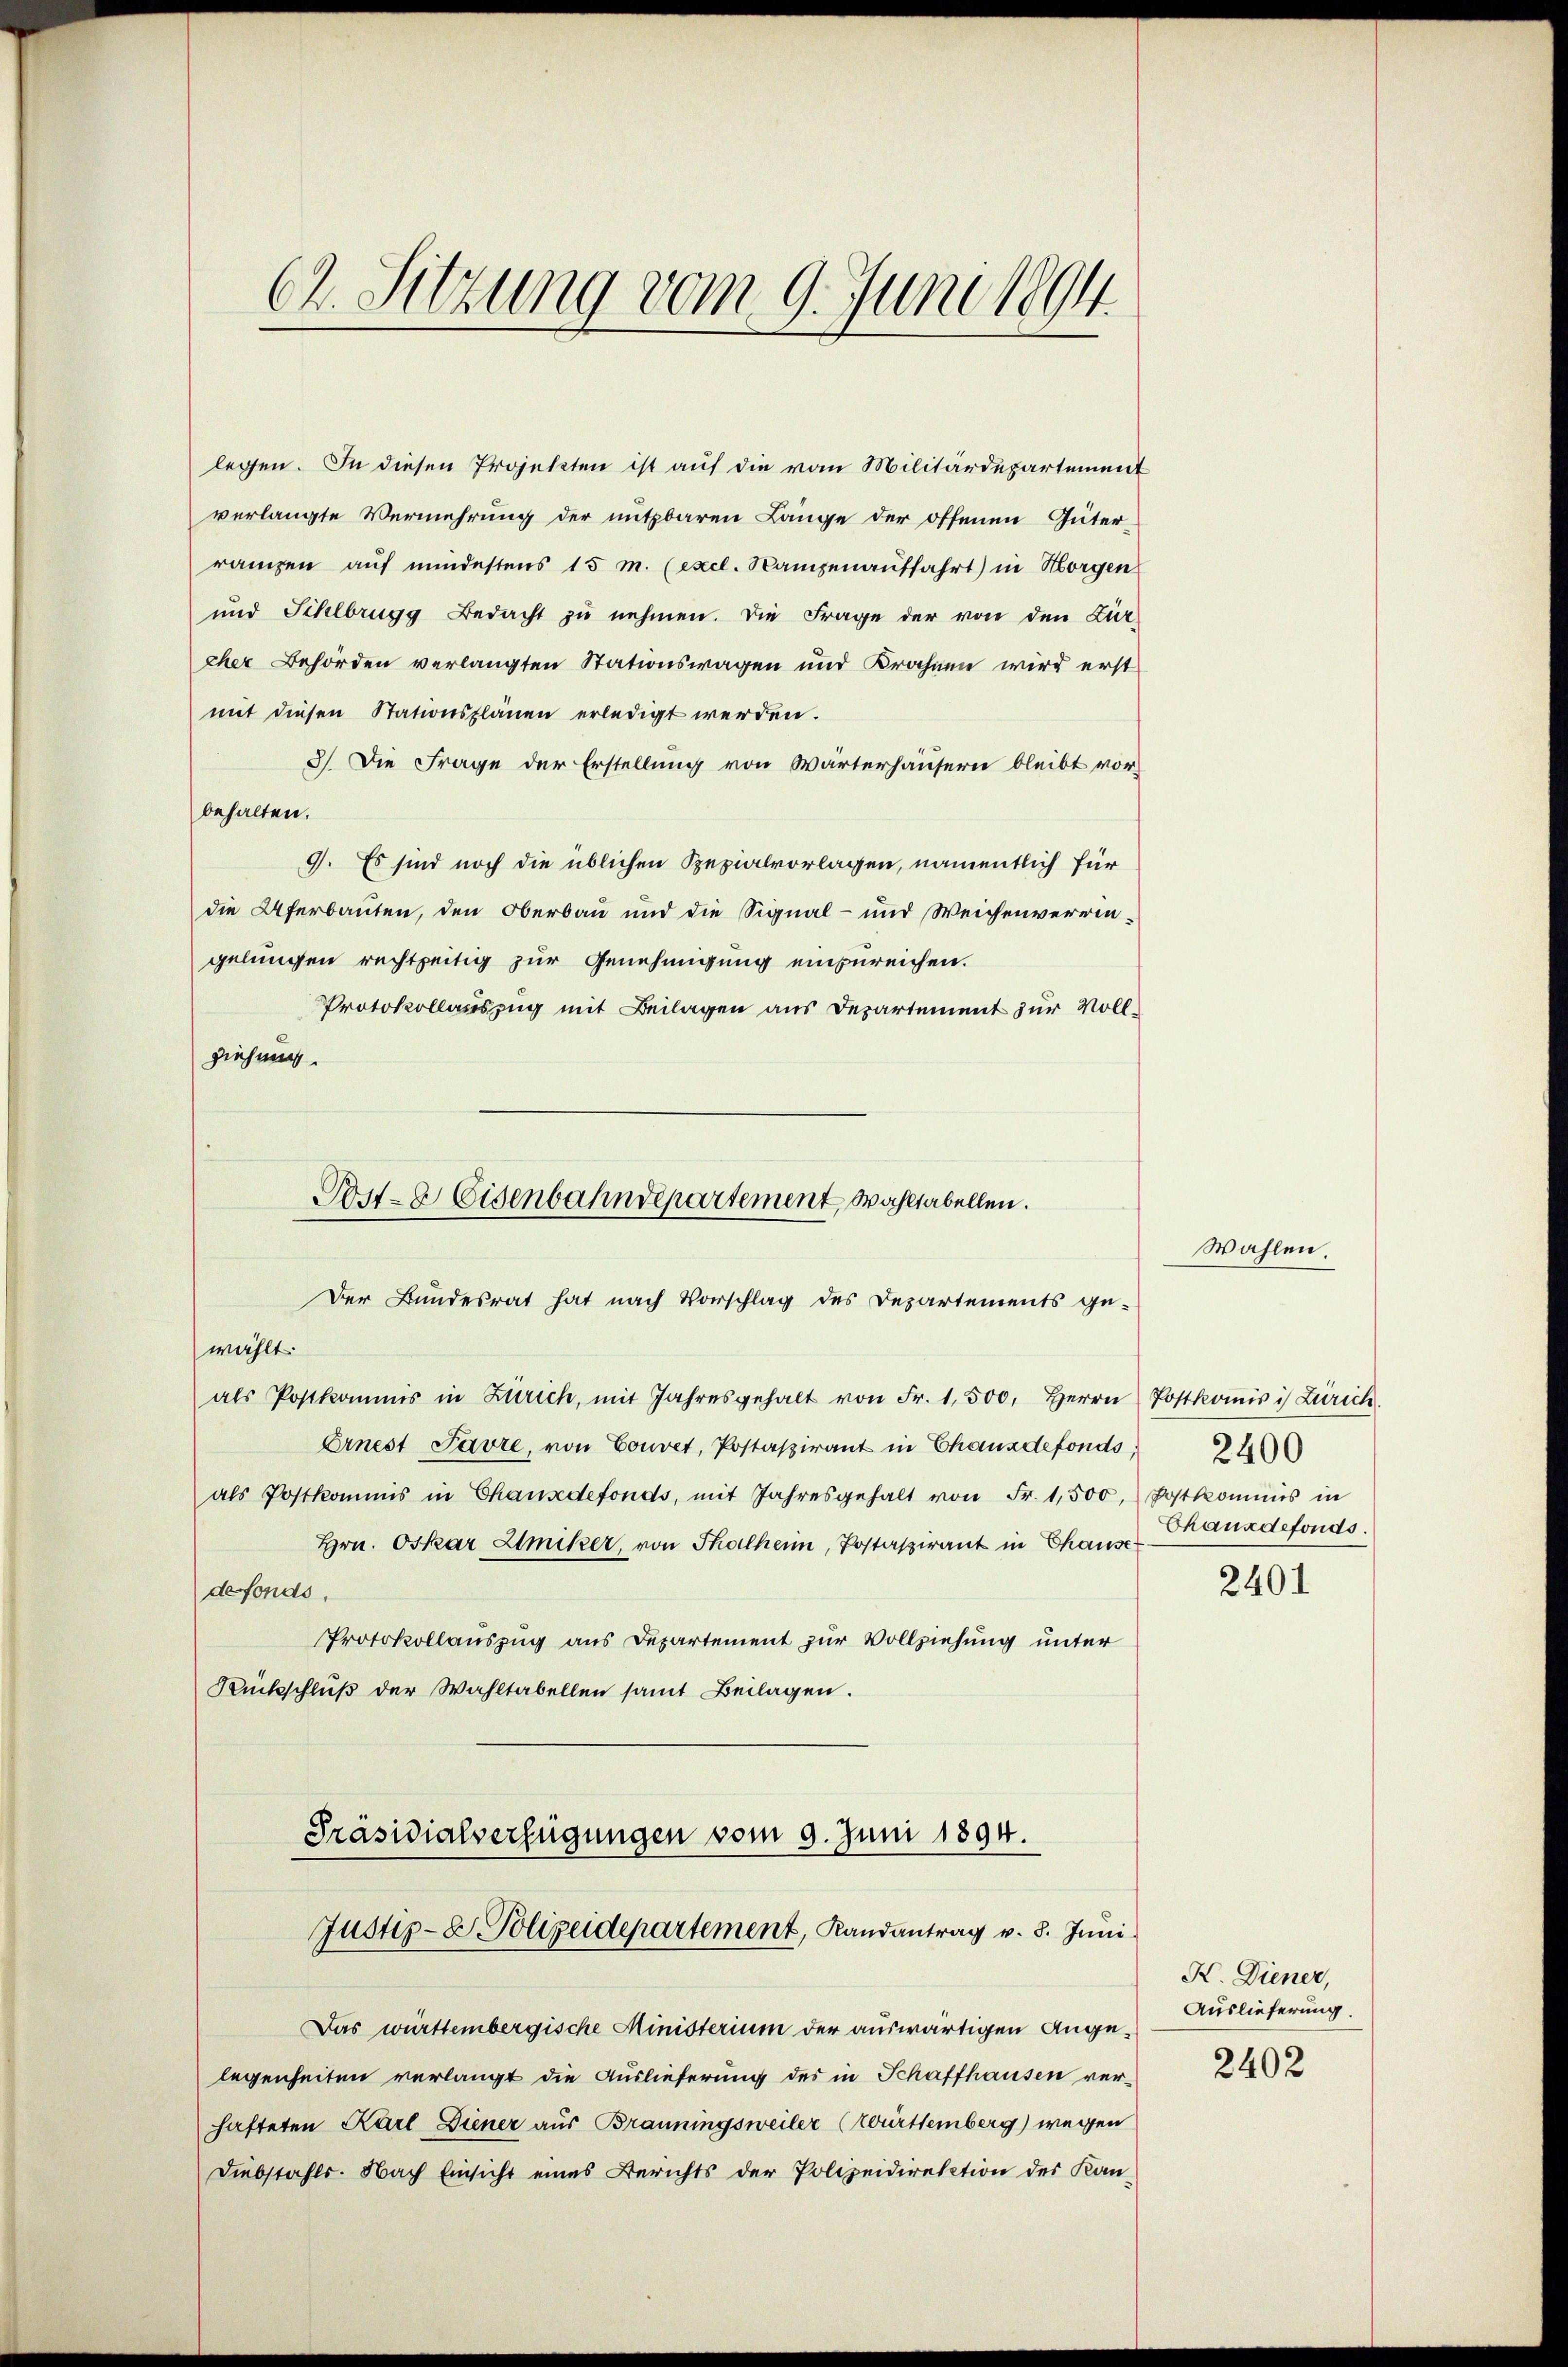
62. Sitzung vom 9. Juni 1894

legen. In diesen Projekten ist auf die vom Militärdepartement
verlangte Vermehrung der nutzbaren Länge der offenen Güter-
ranzen auf mindestens 15 M. (excl. Nampenauffahrt) in Horgen
und Sihlbrugg Bedacht zu nehmen. Die Frage der von den Zür
cher Behörden verlangten Stationswagen und Krahnen wird erst
mit diesen Stationsplänen erledigt werden.
3). Die Frage der Erstellung von Wärterhäusern bleibt vor
behalten.
9. Es sind noch die üblichen Spezialvorlagen, namentlich für
die Uferbauten, den Oberbau und die Signal- und Weichenverwingelungen rechtzeitig zur Genehmigung einzureichen.
Protokollauszug mit Beilagen aus Departement zur Vollziehung.
wählt.
als Postkommis in Zürich, mit Jahresgehalt von Fr. 1,500. Herrn Postkomisis Zürich
Ernest Favre, von Couvet, Postaspirant in Chauzdefonds,
als Postkommis in Chausdefonds, mit Jahresgehalt von Fr. 1,500, Postkommis in
Hrn. Oskar Smiker, von Thalheim, Postaspirant in Chause
defonds,
Protokollauszug aus Departement zur Vollziehung unter
Rückschluß der Wahltabellen samt Beilagen.
Präsidialverfügungen vom 9. Juni 1894.
Justiz- & Polizeidepartement, Randantrag v. 8. Juni
Das württembergische Ministerium der auswärtigen Angelegenheiten verlangt die Auslieferung des in Schaffhausen verhafteten Karl Diener aus Brauningsweiler (Württemberg) wegen
Diebstahls. Nach Einsicht eines Berichts der Polizeidirektion des Kan-

Post- & Eisenbahndepartement, wohltabellen.
Der Bundesrat hat nach Vorschlag des Departements ge-

Wahlen.

2400
Chauxdefonds.
2401

K. Diener,
Auslieferung.

2402